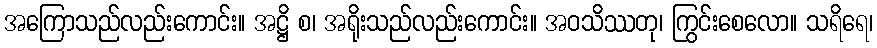
အကြောသည်လည်းကောင်း။ အဋ္ဌိ စ၊ အရိုးသည်လည်းကောင်း။ အဝသိဿတု၊ ကြွင်းစေလော။ သရိရေ၊